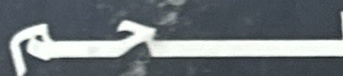
لحم